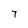
Character: 7